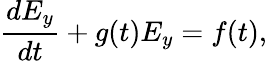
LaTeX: \frac{dE_{y}}{dt}+g(t)E_{y}=f(t),